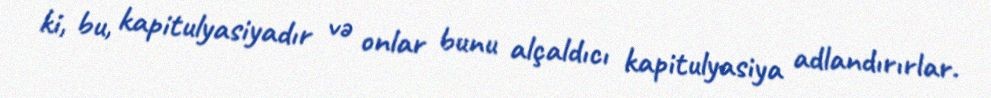
ki, bu, kapitulyasiyadır və onlar bunu alçaldıcı kapitulyasiya adlandırırlar.